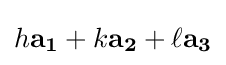
h\mathbf {a_{1}} +k\mathbf {a_{2}} +\ell \mathbf {a_{3}}